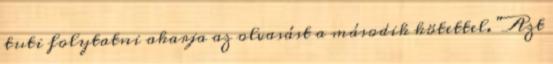
tuti folytatni akarja az olvasást a második kötettel. "Azt